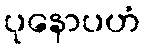
ပုနောပဟံ